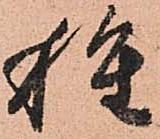
種